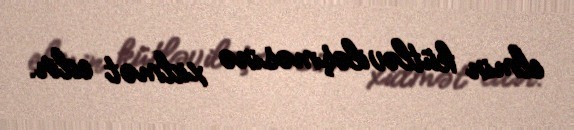
elmin kütləviləşməsinə xidmət edir.